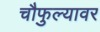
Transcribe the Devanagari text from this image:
चौफुल्यावर